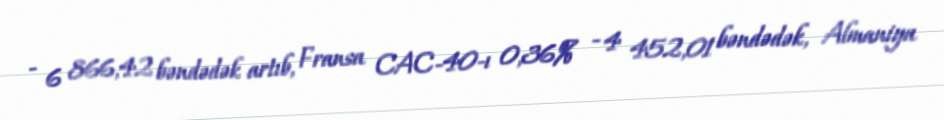
- 6 866,42 bəndədək artıb, Fransa CAC-40-ı 0,36% - 4 452,01 bəndədək, Almaniya